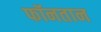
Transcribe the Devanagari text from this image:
फॉनतान